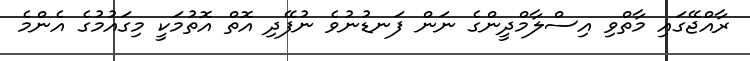
ރާއްޖޭގައި މާތްވި އިސްލާމްދީންގެ ނަން ފަނޑުނުވެ ނުފޭދި އޮތް އޮތުމަކީ މިގައުމުގެ އެންމެ